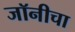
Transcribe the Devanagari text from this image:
जॉनीचा